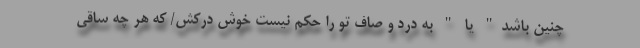
چنین باشد" یا " به درد و صاف تو را حکم نیست خوش درکش/ که هر چه ساقی